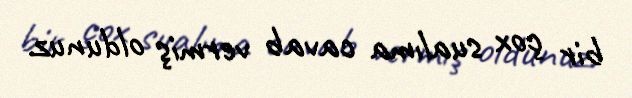
bir çox sualıma cavab vermiş oldunuz.